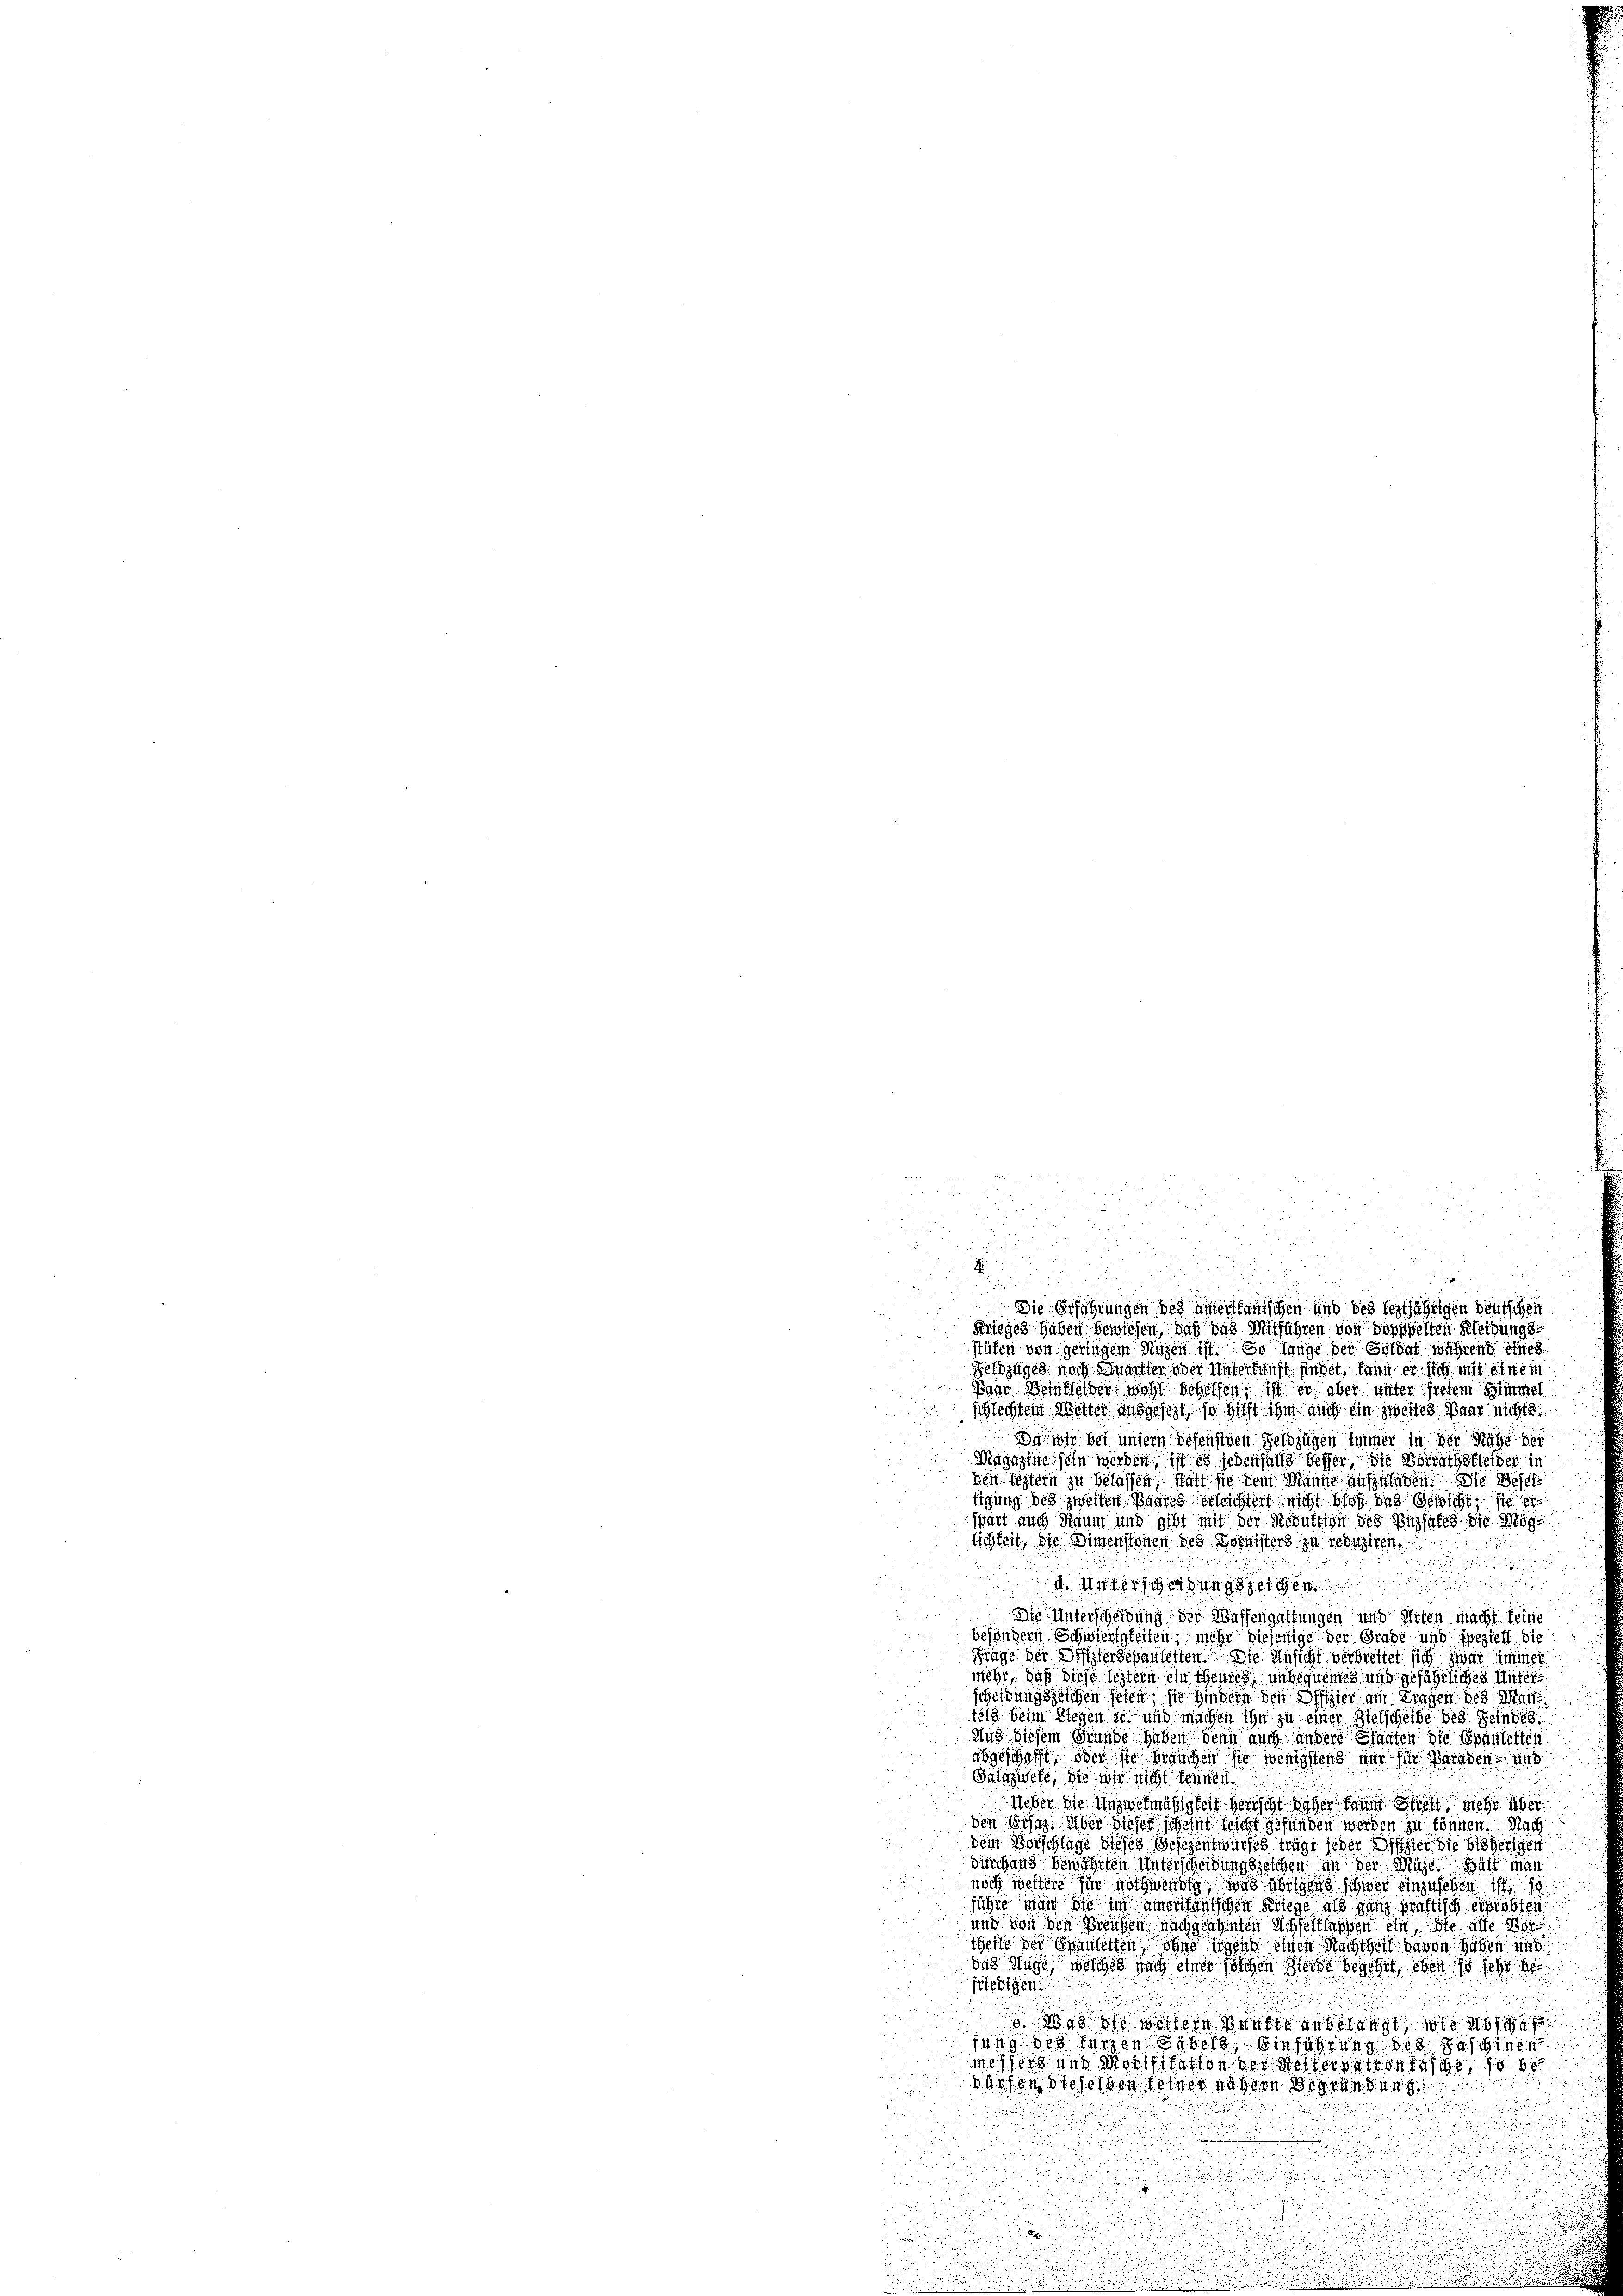
.
u

E

2
Die Erfahrungen des einerkanischen und des leztjährigen Deutscheit
Krieges haben bewiesen, daß das Mitführen von doppelten Kleidungs

stühen von geringen Musen ist. Es lange der Soldat während eines
Feldzuges noch unter oder Untersunst findet, dann er sich mit einem
Baar Beinkleider wohl behelfen, ist er aber unter freiem Simmel
schlechtem Wetter ausgesetzt, so sicht ihm auch ein zweites Paar nichte
Da wir bei unsern defensiven Geldzügen immer in der Nähe der
Magazine sein werden, ist es jedenfalls besser, die Berathstleider in
den festern zu belassen statt sie dem Manne aufzuladen. Die Besch
tigung des zweiten Baares erleichtert nicht bloß das Gewicht, sie er
spart auch Raum und gibt mit der Reduktion des Enthalts die Mög-
lichkeit, die Dimenstonen des Kornisters zu gerichten

 d. Miterungseigen
.
d
Die Unterscheidung der Waffengattungen und Arten macht keine
besondern Schwierigkeiten mehr diejenige der Grade und speziell die
Frage der Offizierbehanderten. Die Ansicht verbreitet sich zwar immer
mehr, daß diese leztern ein Theures unbequeme und gefährliches Unter
scheidungszeichen seien sie hindern den Offizier am Fragen des Mantets beim Liegen ich und machen ihn zu einer Zielscheibe des Feindes
Aus diesem Grunde haben denn auch andere Staaten die Spantetten
abgeschafft, oder sie binnchen sie wenigstens und die Beraten und
Galizweke, die wir nicht können.
Ueber die Unzwekmäßigkeit herrscht in der zum Stift mehr über
den beses über dieser scheint sicht gefunden werden zu können. Nach
dem Vorschlage dieses Gesezentwurfes trägt jeder Diffier die bisherigen
durchaus bewährten Unterscheidungszeichen an der Mage. Balt man
noch weitere für nothwendig und übrigen schwer einzusehen ist
jahre man die im einerantischen Kriege als ganz praktisch eigrobten
und von den Preusen nachgeahnten Achselklassen ein sie alle 10
Theile der Spantetten ohne eigend einen Nachtheil davon haben und
das Auge, welches nach einer solchen Zierde begehrt, eben so sehr
friedigen

1883 sottore sanft gebelangt, wo d
sung des Herzen Basels besitzung des Sohn
messers uns Modifikation der Rotter hat de test, so be
40f ents mer zu vere Vorlesung

e